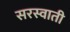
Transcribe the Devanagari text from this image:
सरस्वाती